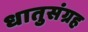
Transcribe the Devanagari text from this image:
धातुसंग्रह